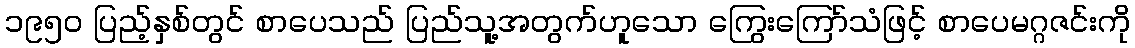
၁၉၅၀ ပြည့်နှစ်တွင် စာပေသည် ပြည်သူ့အတွက်ဟူသော ကြွေးကြော်သံဖြင့် စာပေမဂ္ဂဇင်းကို